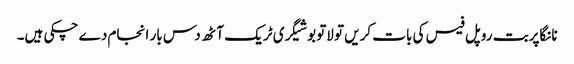
نانگاپربت روپل فیس کی بات کریں تو لاتوبو شیگری ٹریک آٹھ دس بار انجام دے چکی ہیں۔